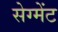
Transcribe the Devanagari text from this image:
सेग्मेंट